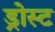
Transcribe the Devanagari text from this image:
ड्रोस्ट